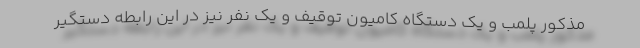
مذکور پلمب و یک دستگاه کامیون توقیف و یک نفر نیز در این رابطه دستگیر